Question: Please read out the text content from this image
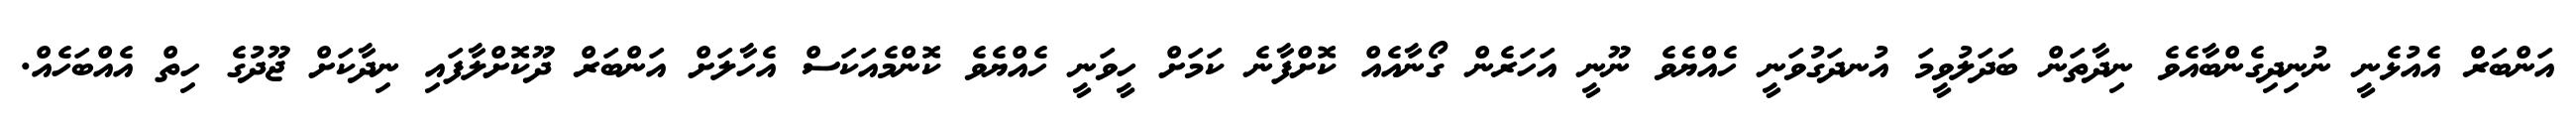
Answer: އަންބަރް އެއުޅެނީ ނުނިދިގެންބާއެވެ ނިދާތަން ބަދަލުވީމަ އުނދަގުވަނީ ހެއްޔެވެ ނޫނީ އަހަރެން ގޯނާއެއް ކޮށްފާނެ ކަމަށް ހީވަނީ ހެއްޔެވެ ކޮންމެއަކަސް އެހާލަށް އަންބަރް ދޫކޮށްލާފައި ނިދާކަށް ޖޫދުގެ ހިތް އެއްބަހެއް.